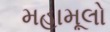
મહામૂલો